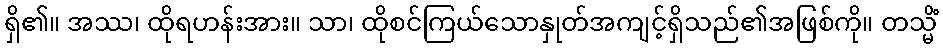
ရှိ၏။ အဿ၊ ထိုရဟန်းအား။ သာ၊ ထိုစင်ကြယ်သောနှုတ်အကျင့်ရှိသည်၏အဖြစ်ကို။ တသ္မိံ